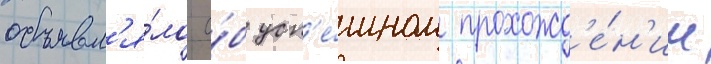
объявл'я́ло о́б усп'е́шном прохожд'е́н'ии